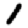
Digit: 1